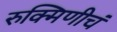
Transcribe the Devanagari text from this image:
रुक्मिणीचं